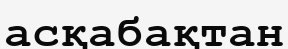
асқабақтан